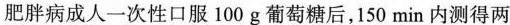
肥胖病成人一次性口服100g葡萄糖后，150min内测得